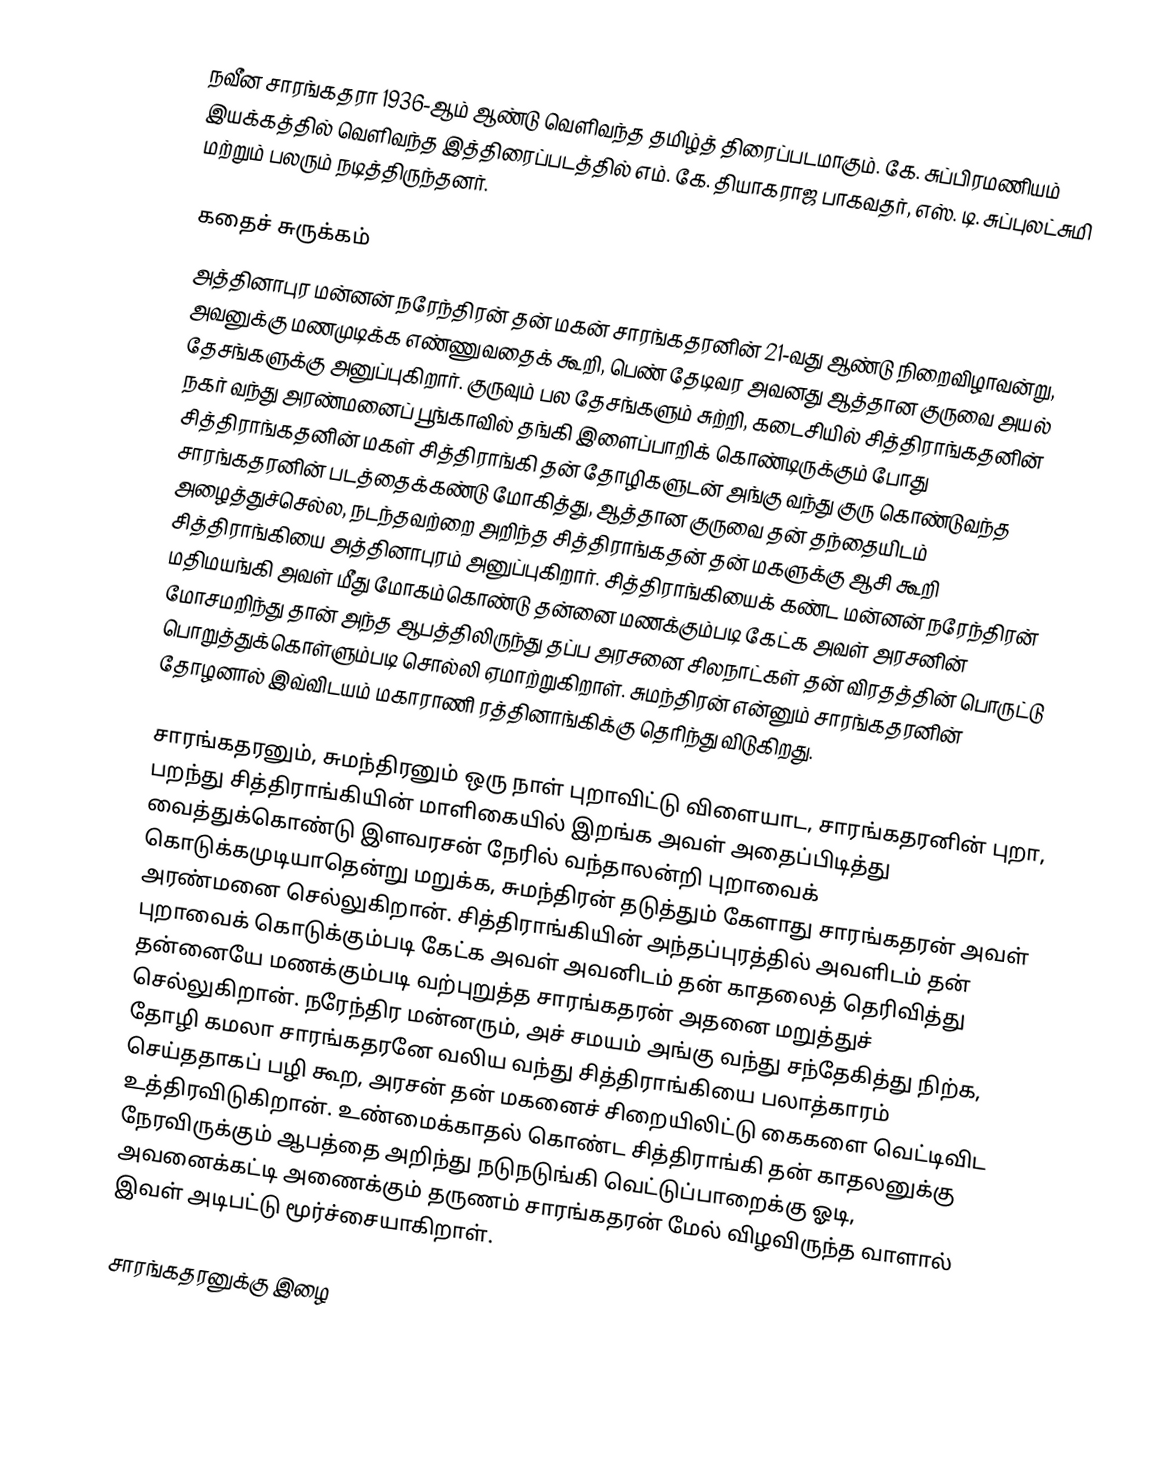
நவீன சாரங்கதரா 1936-ஆம் ஆண்டு வெளிவந்த தமிழ்த் திரைப்படமாகும். கே. சுப்பிரமணியம் இயக்கத்தில் வெளிவந்த இத்திரைப்படத்தில் எம். கே. தியாகராஜ பாகவதர், எஸ். டி. சுப்புலட்சுமி மற்றும் பலரும் நடித்திருந்தனர்.

கதைச் சுருக்கம்
அத்தினாபுர மன்னன் நரேந்திரன் தன் மகன் சாரங்கதரனின் 21-வது ஆண்டு நிறைவிழாவன்று, அவனுக்கு மணமுடிக்க எண்ணுவதைக் கூறி, பெண் தேடிவர அவனது ஆத்தான குருவை அயல் தேசங்களுக்கு அனுப்புகிறார். குருவும் பல தேசங்களும் சுற்றி, கடைசியில் சித்திராங்கதனின் நகர் வந்து அரண்மனைப் பூங்காவில் தங்கி இளைப்பாறிக் கொண்டிருக்கும் போது சித்திராங்கதனின் மகள் சித்திராங்கி தன் தோழிகளுடன் அங்கு வந்து குரு கொண்டுவந்த சாரங்கதரனின் படத்தைக்கண்டு மோகித்து, ஆத்தான குருவை தன் தந்தையிடம் அழைத்துச்செல்ல, நடந்தவற்றை அறிந்த சித்திராங்கதன் தன் மகளுக்கு ஆசி கூறி சித்திராங்கியை அத்தினாபுரம் அனுப்புகிறார். சித்திராங்கியைக் கண்ட மன்னன் நரேந்திரன் மதிமயங்கி அவள் மீது மோகம்கொண்டு தன்னை மணக்கும்படி கேட்க அவள் அரசனின் மோசமறிந்து தான் அந்த ஆபத்திலிருந்து தப்ப அரசனை சிலநாட்கள் தன் விரதத்தின் பொருட்டு பொறுத்துக்கொள்ளும்படி சொல்லி ஏமாற்றுகிறாள். சுமந்திரன் என்னும் சாரங்கதரனின் தோழனால் இவ்விடயம் மகாராணி ரத்தினாங்கிக்கு தெரிந்து விடுகிறது.

சாரங்கதரனும், சுமந்திரனும் ஒரு நாள் புறாவிட்டு விளையாட, சாரங்கதரனின் புறா, பறந்து சித்திராங்கியின் மாளிகையில் இறங்க அவள் அதைப்பிடித்து வைத்துக்கொண்டு இளவரசன் நேரில் வந்தாலன்றி புறாவைக் கொடுக்கமுடியாதென்று மறுக்க, சுமந்திரன் தடுத்தும் கேளாது சாரங்கதரன் அவள் அரண்மனை செல்லுகிறான். சித்திராங்கியின் அந்தப்புரத்தில் அவளிடம் தன் புறாவைக் கொடுக்கும்படி கேட்க அவள் அவனிடம் தன் காதலைத் தெரிவித்து தன்னையே மணக்கும்படி வற்புறுத்த சாரங்கதரன் அதனை மறுத்துச் செல்லுகிறான். நரேந்திர மன்னரும், அச் சமயம் அங்கு வந்து சந்தேகித்து நிற்க, தோழி கமலா சாரங்கதரனே வலிய வந்து சித்திராங்கியை பலாத்காரம் செய்ததாகப் பழி கூற, அரசன் தன் மகனைச் சிறையிலிட்டு கைகளை வெட்டிவிட உத்திரவிடுகிறான். உண்மைக்காதல் கொண்ட சித்திராங்கி தன் காதலனுக்கு நேரவிருக்கும் ஆபத்தை அறிந்து நடுநடுங்கி வெட்டுப்பாறைக்கு ஓடி, அவனைக்கட்டி அணைக்கும் தருணம் சாரங்கதரன் மேல் விழவிருந்த வாளால் இவள் அடிபட்டு மூர்ச்சையாகிறாள்.

சாரங்கதரனுக்கு இழை